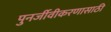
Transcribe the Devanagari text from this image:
पुनर्जीवीकरणासाठी